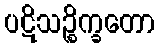
ပဋိသဉ္စိက္ခတော